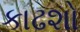
કાઢશો